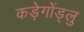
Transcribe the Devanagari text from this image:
कड़ेगोंड्लु